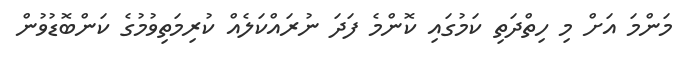
މަންމަ އަށް މި ހިތްދަތި ކަމުގައި ކޮންމެ ފަދަ ނުރައްކަލެއް ކުރިމަތިވުމުގެ ކަންބޮޑުވުން